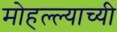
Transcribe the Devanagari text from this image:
मोहल्ल्याच्यी